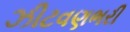
ઝીટવણભરી